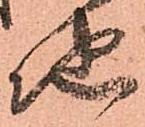
地